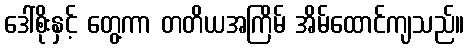
ဒေါ်စိုးနှင့် တွေ့ကာ တတိယအကြိမ် အိမ်ထောင်ကျသည်။